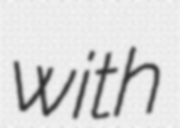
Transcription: with